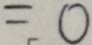
= 0